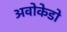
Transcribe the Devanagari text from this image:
अवोकेडो